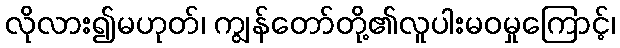
လိုလား၍မဟုတ်၊ ကျွန်တော်တို့၏လူပါးမဝမှုကြောင့်၊